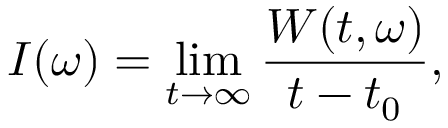
I ( \omega ) = \operatorname* { l i m } _ { t \rightarrow \infty } \frac { W ( t , \omega ) } { t - t _ { 0 } } ,